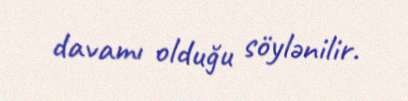
davamı olduğu söylənilir.